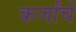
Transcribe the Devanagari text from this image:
कर्जांचे